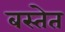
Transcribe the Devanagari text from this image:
बस्तेत